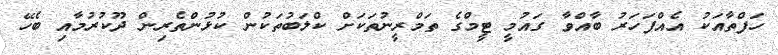
ހަފްތާއަކު އެއްފަހަރު ބާއްވާ ގައުމީ ޓީމްގެ ތަމްރީނުތަކަށް ކްލަބުތަކުން ކުޅުންތެރިން ދޫކުރުމާއި ބެހޭ